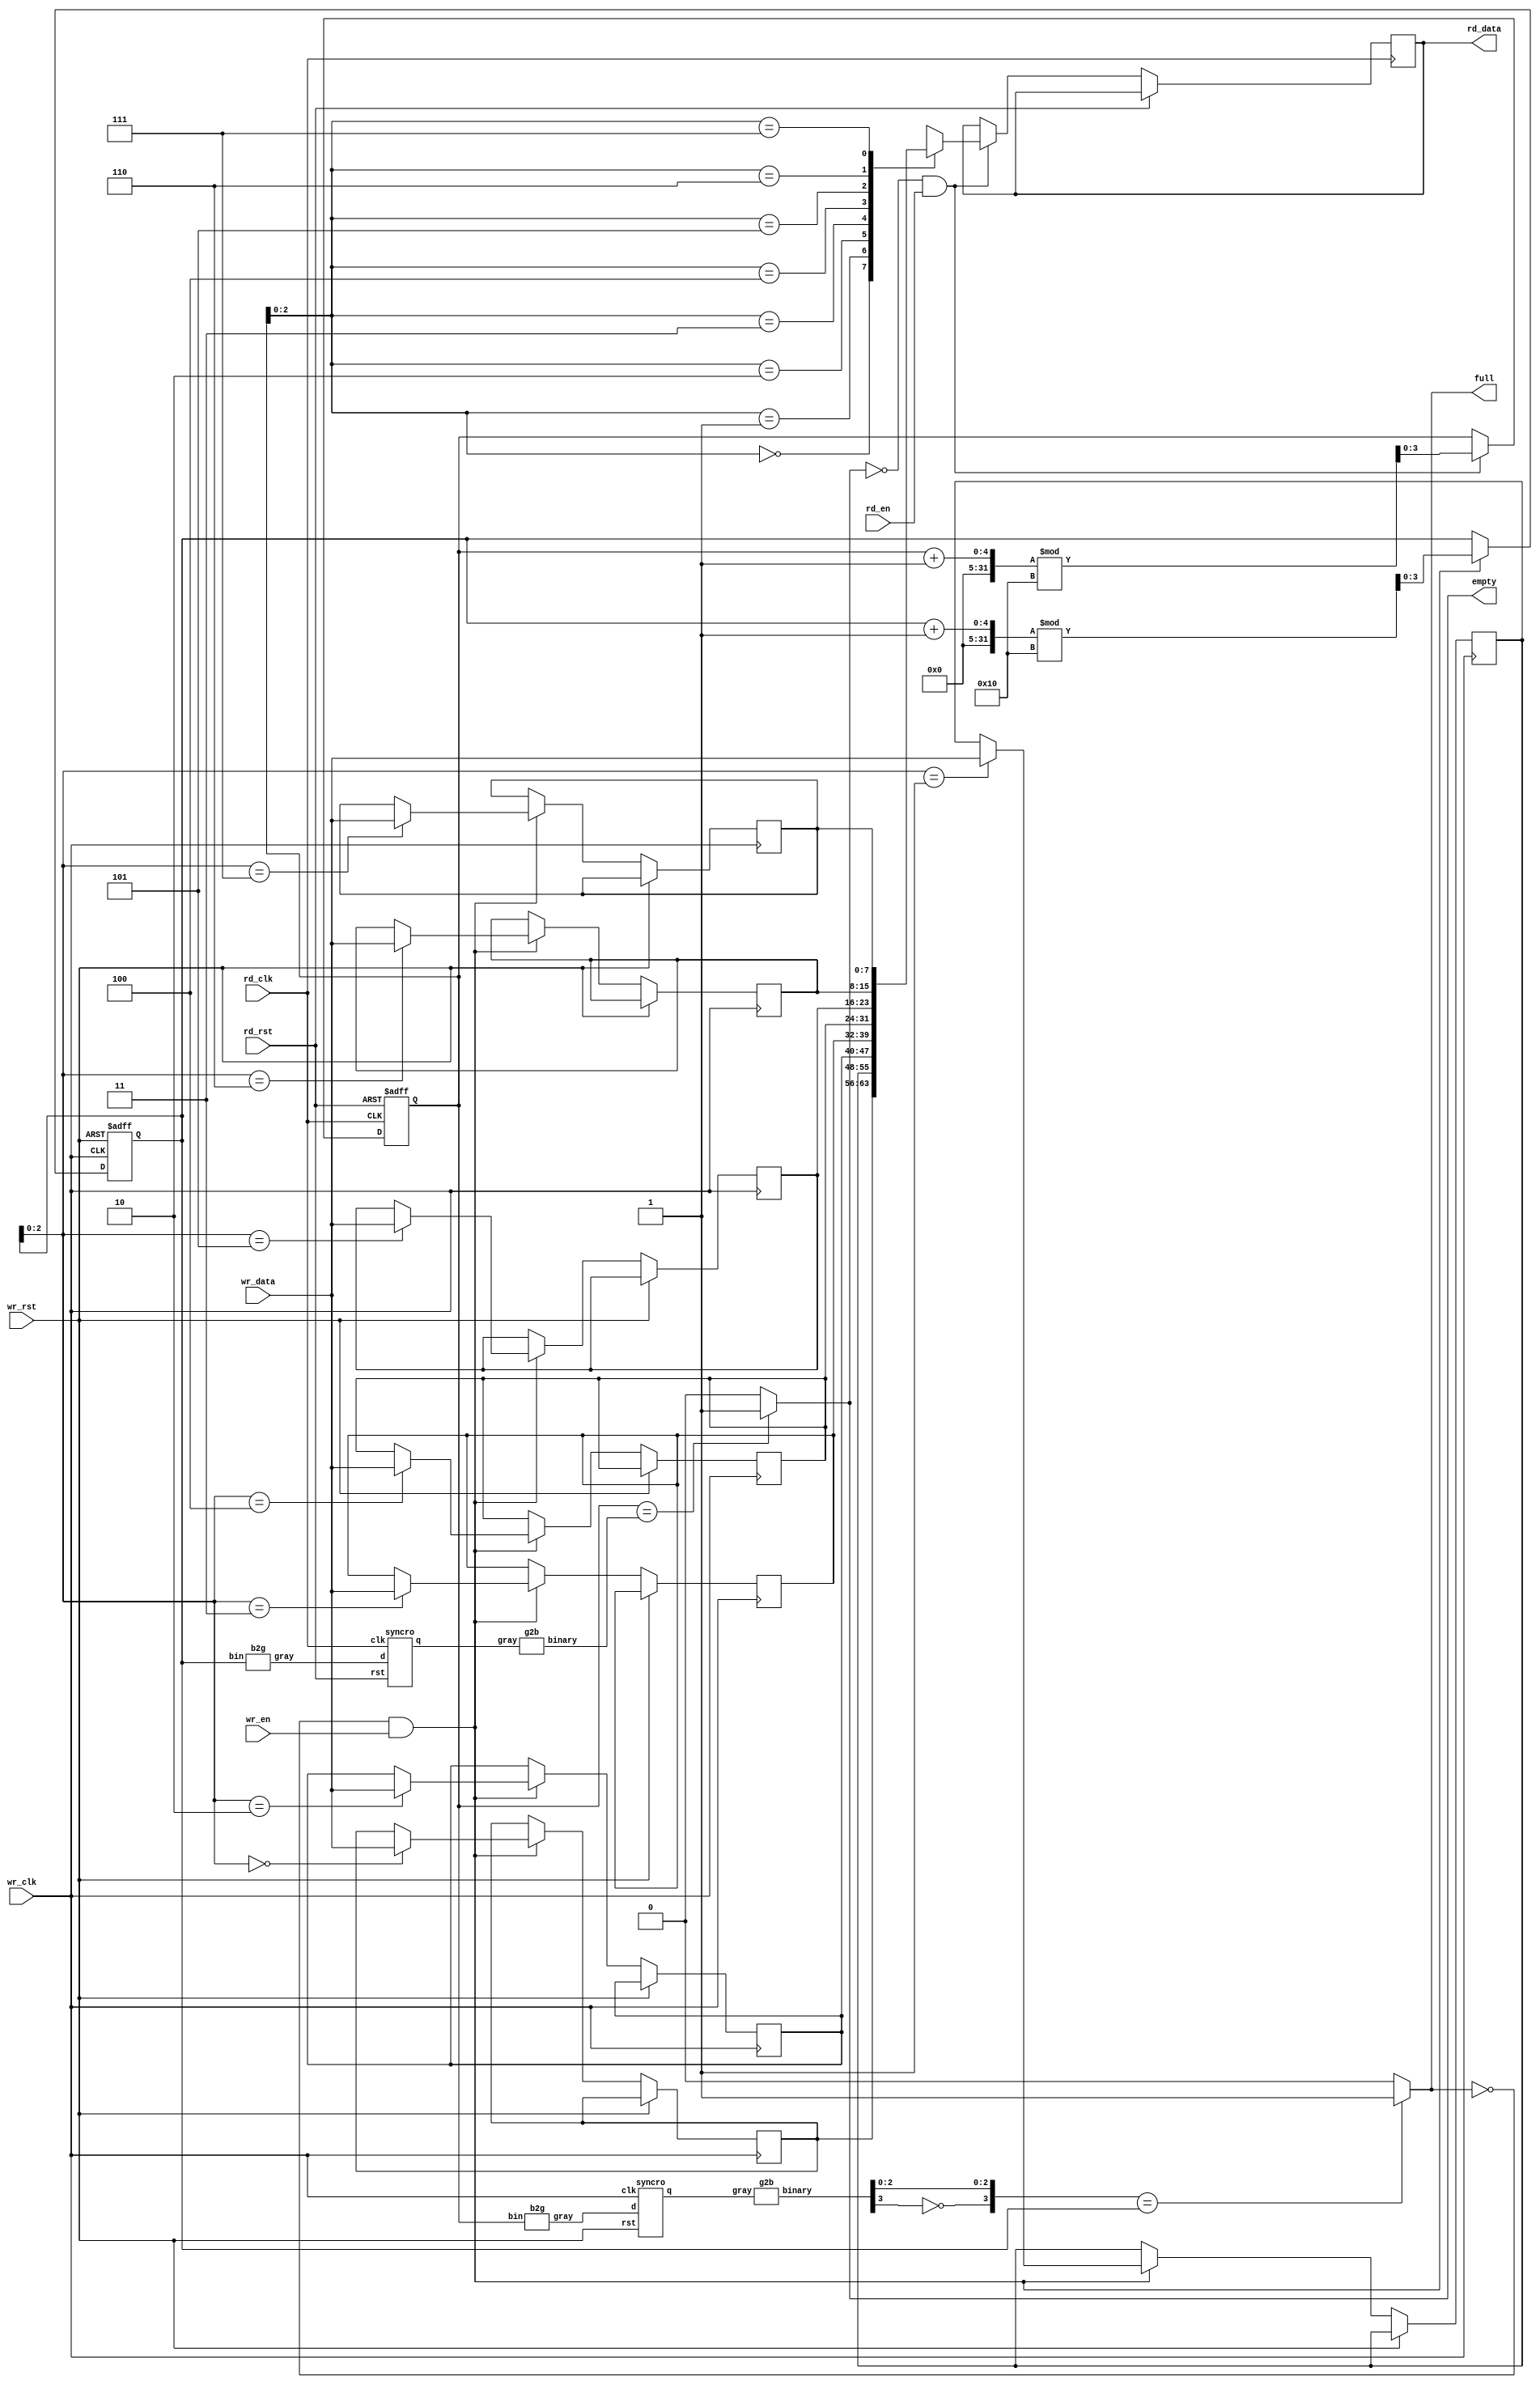
`define DEPTH 8
`define WIDTH 8
`define WPTR $clog2(`DEPTH)
//depth = name 1st+last
//Priyanshu ---> P+U=37kB
//address bus width = log2(37kb/8) = log2(4736) ~= 13 add bus ==> so width of ptr = 14
//+databus = 8bits
//+brute force syncronizers
//+bin to gray n vice versa
//                 __________
//  wr_clk--------|>        <|------rd_clk
//  wr_en ------->|          |<-----rd_en
// wr_rst ------->|          |<-----rd_rst
//wr_data ===/===>|          |
//                |          |===/==> rd_data
//                |          |------> full
//                |          |------> empty
//                |__________|


`timescale 1ns / 1ps  
module async_fifo
  (
    input wr_clk,        //-----------
    input wr_en,
    input [`WIDTH-1:0]wr_data, //write system
    input wr_rst,     //----------
    input rd_clk,
    input rd_en,        //read system
    input rd_rst,
    output reg [`WIDTH-1:0]rd_data, //---------
    output full,   //some status signal for debugging
    output empty
  );

  reg [`WIDTH-1 : 0]mem[0:`DEPTH-1];
  reg [`WPTR:0]rd_ptr, wr_ptr;
//  wire [`WPTR-1:0]rd_add, wr_add;
  wire [`WPTR:0] gray_wr_ptr, gray_rd_ptr,   //rd/wr ptr to gray code
       sync_gray_wr_ptr, sync_gray_rd_ptr, // that wr/rd ptr in gray code through 2ff syncronizers
       sync_wr_ptr, sync_rd_ptr; //and...back to binary

  //READ PTR
  b2g inst(rd_ptr, gray_rd_ptr); //conv it to gray
  syncro inst1(wr_clk, wr_rst, gray_rd_ptr, sync_gray_rd_ptr);//send it to write side through 2ff syncronizer
  g2b inst2(sync_gray_rd_ptr, sync_rd_ptr);


  //WRITE PTR
  b2g inst3(wr_ptr, gray_wr_ptr); //conv it to gray
  syncro inst4(rd_clk, rd_rst, gray_wr_ptr, sync_gray_wr_ptr);//send it to read side through 2ff syncronizer
  g2b inst5(sync_gray_wr_ptr, sync_wr_ptr);
   
   always @(posedge wr_clk or posedge wr_rst)
  begin
    if(wr_rst)
    begin
      wr_ptr <= 0;
    end
    else if(!full && wr_en)
    begin
      mem[wr_ptr]<=wr_data;
      wr_ptr <= (wr_ptr+1)%(1 << (`WPTR+1));
    end
  end
  
    always @(posedge rd_clk or posedge rd_rst)
  begin
    if(rd_rst)
    begin
      rd_ptr <= 0;
    end
    else if(!empty && rd_en)
    begin
      rd_data <= mem[rd_ptr];
      rd_ptr <= (rd_ptr+1)%(1 << (`WPTR+1));
    end
  end

    //empty and full conditions
  assign empty = (rd_ptr == sync_wr_ptr) ? 1'b1 : 1'b0;
  assign full  = ({~(sync_rd_ptr[`WPTR]),sync_rd_ptr[(`WPTR-1):0]} == wr_ptr) ? 1'b1 : 1'b0;

endmodule
  
 

//--------------bin to gray conv----
//ptr changes often...gray code to avoid metastability
module b2g(bin, gray);
  input [`WPTR:0]bin;
  output [`WPTR:0]gray;

  genvar i;
  generate
    for(i=0; i<`WPTR; i=i+1)
    begin
      assign  gray[i] = bin[i] ^ bin[i+1];
    end
  endgenerate
  assign gray[`WPTR]=bin[`WPTR];
endmodule

//-------------gray to binary conv----
module g2b(gray, binary);
  input [`WPTR:0]gray;
  output [`WPTR:0]binary;
  genvar i;
  generate
    for(i=0; i<`WPTR; i=i+1)
    begin
      assign binary[i] = ^(gray >> i);
    end
  endgenerate
endmodule


//--------2ff synchronizers-----
//ptrs are transferred using these synchronizers
//rd_ptr txr to write system and vice-versa
module syncro(clk,rst,d,q);
  input clk;
  input rst;
  input [`WPTR:0]d;
  output reg [`WPTR:0]q;

  reg [`WPTR:0]q0;
  always @(posedge clk)
  begin
    if(rst)
    begin
      q0<=0;
      q<=0;
    end
    else
    begin
      q0<=d;
      q<=q0;
    end
  end
endmodule